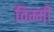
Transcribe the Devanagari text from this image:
विम्मी